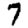
Digit: 7